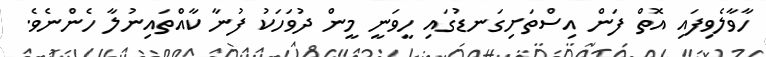
ހާވާލެވިފައި އޮތް ފަން އިސްތަށިގަނޑުގައި ހީވަނީ މީން ދުވަހަކު ފުނާ ކާއްތައިނުލާ ހެންނެވެ.